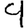
Digit: 9